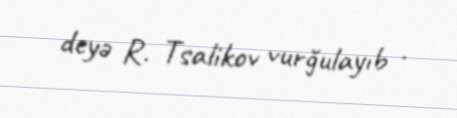
deyə R. Tsalikov vurğulayıb .